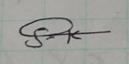
Signature authenticity: genuine